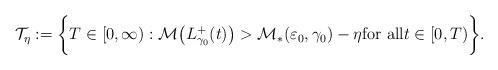
LaTeX: \begin{align*}{\mathcal T}_{\eta} :=\bigg\{T \in [0, \infty): \mathcal{M}\big(L^+_{\gamma_0}(t)\big) > {\mathcal M}_*(\varepsilon_0, \gamma_0) -\eta \mbox{for all} t \in [0, T) \bigg\}.\end{align*}